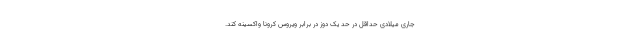
جاری میلادی حداقل در حد یک دوز در برابر ویروس کرونا واکسینه کند.